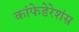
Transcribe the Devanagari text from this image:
कांफेडेरेशंस